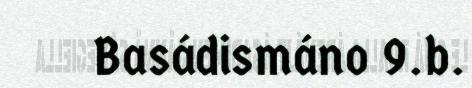
Basádismáno 9.b.